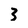
Character: 3